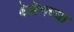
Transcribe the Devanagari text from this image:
बेलेमच्या